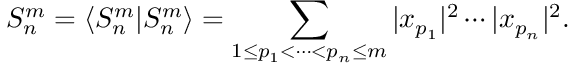
S _ { n } ^ { m } = \langle { S } _ { n } ^ { m } | { S } _ { n } ^ { m } \rangle = \sum _ { 1 \leq p _ { 1 } < \cdots < p _ { n } \leq m } | x _ { p _ { 1 } } | ^ { 2 } \cdots | x _ { p _ { n } } | ^ { 2 } .